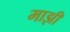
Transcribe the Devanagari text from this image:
माझीं